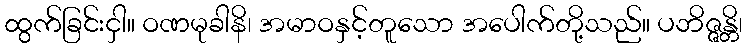
ထွက်ခြင်းငှါ။ ဝဏမုခါနိ၊ အမာဝနှင့်တူသော အပေါက်တို့သည်။ ပဘိဇ္ဇန္တိ၊